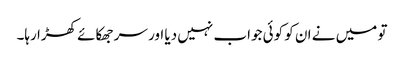
تو میں نے ان کو کوئی جواب نہیں دیا اور سر جھکائے کھڑا رہا۔